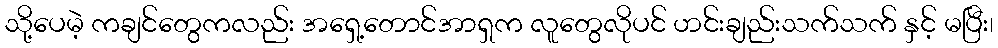
သို့ပေမဲ့ ကချင်တွေကလည်း အရှေ့တောင်အာရှက လူတွေလိုပင် ဟင်းချည်းသက်သက် နှင့် မပြီး၊